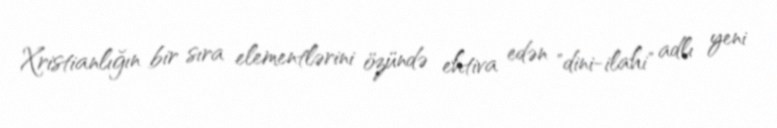
Xristianlığın bir sıra elementlərini özündə ehtiva edən "dini-ilahi" adlı yeni